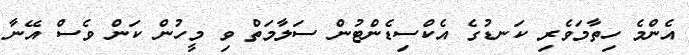
އެންމެ ހިތާމަވެރި ކަނޑުގެ އެކްސިޑެންޓުން ސަލާމަތް ވި މީހުން ކަން ވެސް އޭނާ